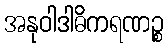
အနုဝါဒါဓိကရဏဉ္စ